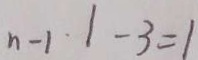
n - 1 \cdot 1 - 3 = 1